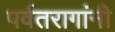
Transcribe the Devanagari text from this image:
पर्वतरागांनी